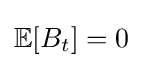
\mathbb {E} [B_{t}]=0